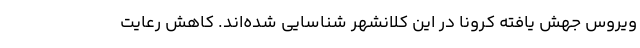
ویروس جهش یافته کرونا در این کلانشهر شناسایی شده‌اند. کاهش رعایت